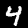
Digit: 4